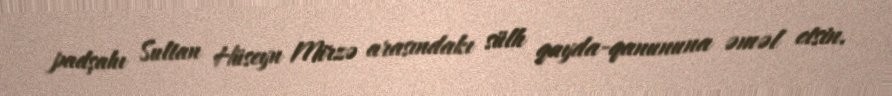
padşahı Sultan Hüseyn Mirzə arasındakı sülh qayda-qanununa əməl etsin.